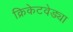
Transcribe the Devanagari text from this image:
क्रिकेटवेड्या